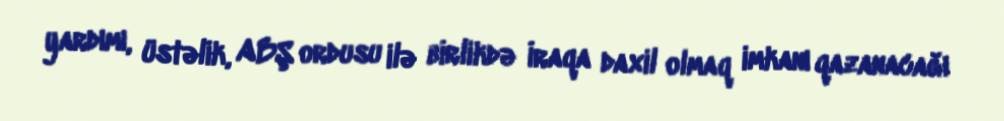
yardımı, üstəlik, ABŞ ordusu ilə birlikdə İraqa daxil olmaq imkanı qazanacağı